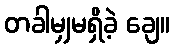
တခါမျှမရှိခဲ့ ချေ။